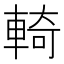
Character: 輢